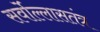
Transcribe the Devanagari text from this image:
सर्वोल्लासतंत्र